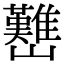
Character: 𡿊